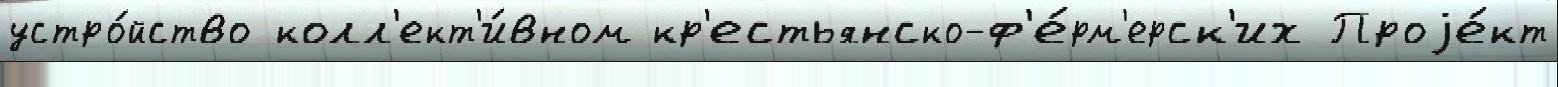
устро́йство колл'ект'и́вном кр'естьянско-ф'е́рм'ерск'их Проjе́кт